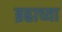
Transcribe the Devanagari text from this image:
ब्रह्राच्या